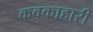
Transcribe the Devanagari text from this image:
कवकाहारी